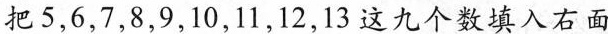
把5，6，7，8，9，10，11，12，13 这九个数填入右面